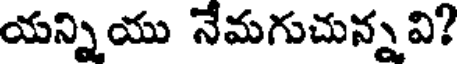
యన్నియు నేమగుచున్నవి?